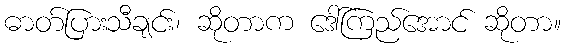
ဓာတ်ပြားသီချင်း၊ ဆိုတာက ဒေါ်ကြည်အောင် ဆိုတာ။